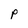
Character: P